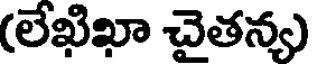
(లేఖిఖా చైతన్య